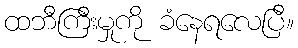
ထဘီကြီးမှုကို ခံနေရလေပြီ။